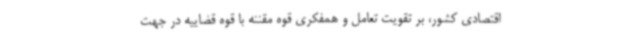
اقتصادی کشور، بر تقویت تعامل و همفکری قوه مقننه با قوه قضاییه در جهت